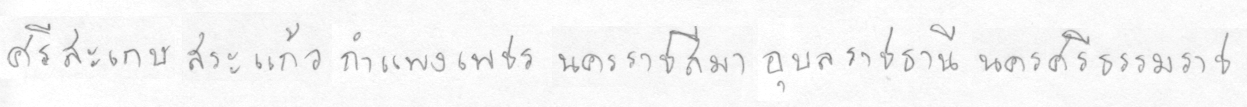
ศรีสะเกษสระแก้วกำแพงเพชรนครราชสีมาอุลราชธานีนครศรีธรรมราช